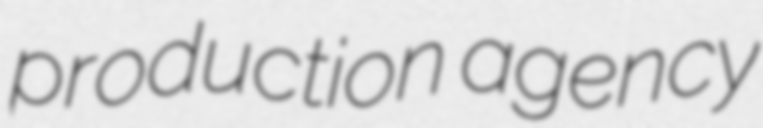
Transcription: production agency